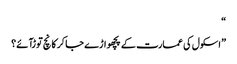
“
” اسکول کی عمارت کے پچھواڑے جا کر کانچ توڑآئے؟